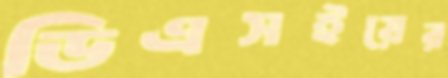
ডিএসইয়ের